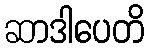
ဆာဒါပေတိ